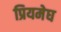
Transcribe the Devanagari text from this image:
प्रियमेघ